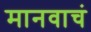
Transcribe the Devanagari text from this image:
मानवाचं